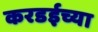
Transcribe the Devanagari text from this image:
करडईच्या